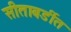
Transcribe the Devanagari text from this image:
सीताबर्डीत